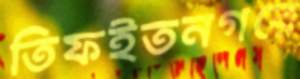
তিফইতনগরে